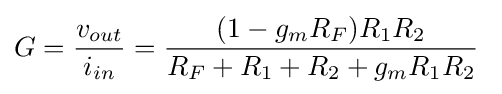
G={\frac {v_{out}}{i_{in}}}={\frac {(1-g_{m}R_{F})R_{1}R_{2}}{R_{F}+R_{1}+R_{2}+g_{m}R_{1}R_{2}}}\